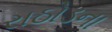
રાઠોડના